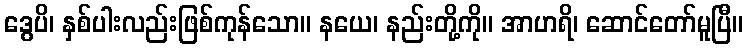
ဒွေပိ၊ နှစ်ပါးလည်းဖြစ်ကုန်သော။ နယေ၊ နည်းတို့ကို။ အာဟရိ၊ ဆောင်တော်မူပြီ။